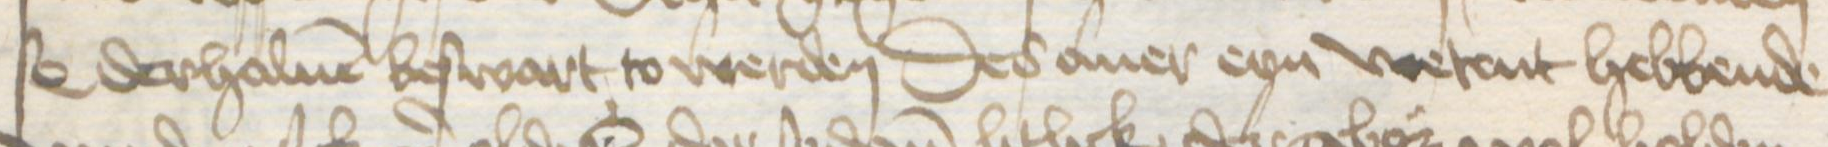
Transcription: s0 derhaluen beswart to werden Des auer eyn wetent hebbende